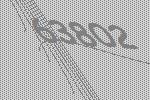
63802